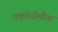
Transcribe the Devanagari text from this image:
एकोनोमीक